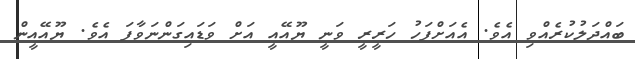
ބައްދަލުކުރެއްވި އެވެ. އެއަށްފަހު ހަރީރީ ވަނީ ޔޫއޭއީ އަށް ވަޑައިގަންނަވާފަ އެވެ. ޔޫއޭއީން